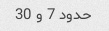
حدود 7 و 30